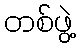
တစ်ဖွဲ့